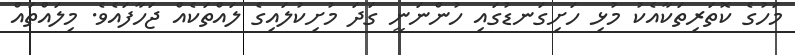
މަހުގެ ކޮތަރިތަކާއެކު މުޅި ހަށިގަނޑުގައި ހުންނަނީ ގަދަ މުށިކުލައިގެ ލައްތަކެއް ޖަހާފައެވެ. މިލައްތައް